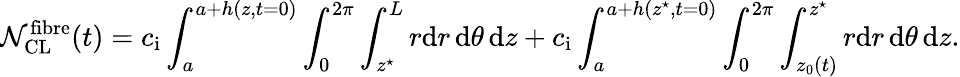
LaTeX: \mathcal{N}_{\mathrm{{CL}}}^{\mathrm{{fibre}}}(t)=c_{\mathrm{{i}}}\int_{a}^{a+h(z,t=0)}\int_{0}^{2\pi}\int_{z^{\star}}^{L}r\mathrm{{d}}r\, \mathrm{{d}}\theta\, \mathrm{{d}}z+c_{\mathrm{{i}}}\int_{a}^{a+h(z^{\star},t=0)}\int_{0}^{2\pi}\int_{z_{0}(t)}^{z^{\star}}r\mathrm{{d}}r\, \mathrm{{d}}\theta\, \mathrm{{d}}z.